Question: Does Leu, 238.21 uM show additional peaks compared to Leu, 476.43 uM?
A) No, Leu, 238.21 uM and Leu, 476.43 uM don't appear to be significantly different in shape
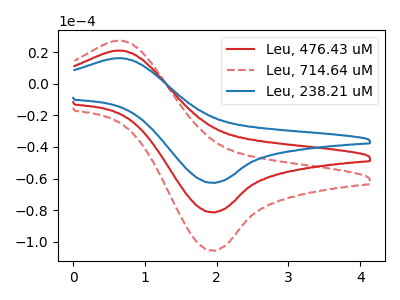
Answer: <think>The red curve "Leu, 476.43 uM" has an anodic peak at (0.65V, 20.95uA) and a cathodic peak at (1.95V, -81.30uA). The red dashed curve "Leu, 714.64 uM" has an anodic peak at (0.65V, 41.90uA) and a cathodic peak at (1.95V, -162.55uA). The blue curve "Leu, 238.21 uM" has an anodic peak at (0.65V, 16.15uA) and a cathodic peak at (1.95V, -62.65uA).
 All the peaks in "Leu, 238.21 uM" have a peak in "Leu, 476.43 uM" at the same potential. Every peak in "Leu, 238.21 uM" is lower than every peak in "Leu, 476.43 uM".</think>
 <answer>A) No, "Leu, 238.21 uM" and "Leu, 476.43 uM" don't appear to be significantly different in shape</answer>
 <eval>A</eval>